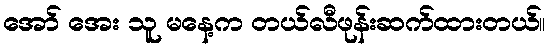
အော် အေး သူ မနေ့က တယ်လီဖုန်းဆက်ထားတယ်။